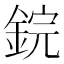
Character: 鋎